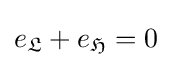
e_{\mathfrak {L}}+e_{\mathfrak {H}}=0